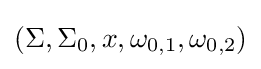
\left(\Sigma ,\Sigma _{0},x,\omega _{0,1},\omega _{0,2}\right)